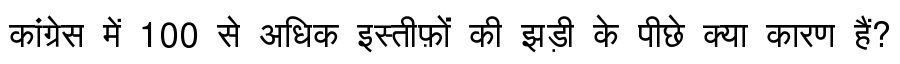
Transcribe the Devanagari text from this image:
कांग्रेस में 100 से अधिक इस्तीफ़ों की झड़ी के पीछे क्या कारण हैं?